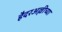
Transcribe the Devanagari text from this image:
हैदरअल्लीच्या